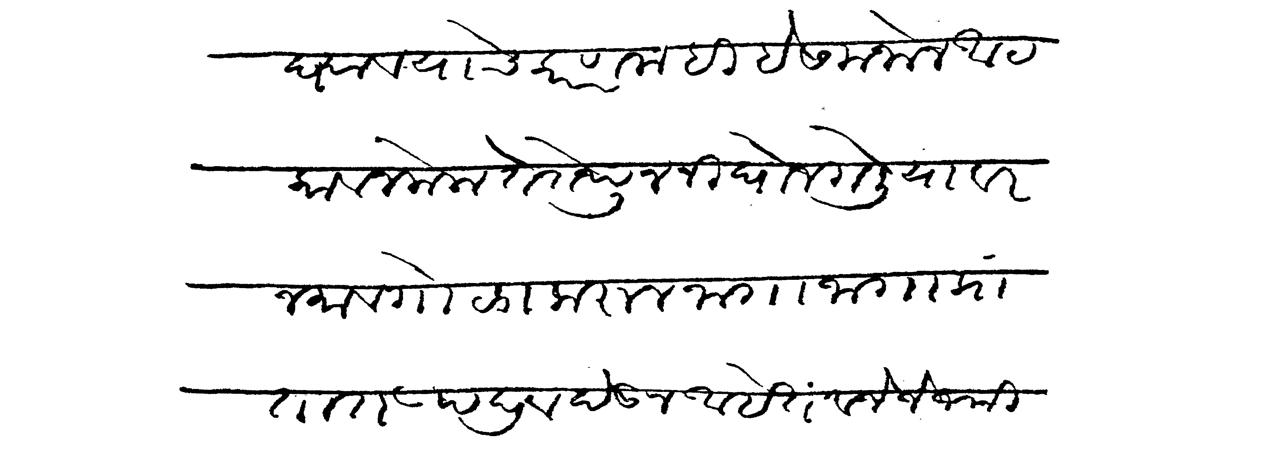
Transliteration (Devanagari): घ्यावयाचे कारण नाही हे समजोन आटकाव न केला ते तेथून निघोन गेलियावर जमाव गोळा करून जागा जागा प्रांतात उपद्रव देऊन आहेत व जे जे जमी